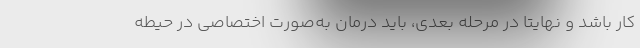
کار باشد و نهایتاً در مرحله بعدی، باید درمان به‌صورت اختصاصی در حیطه